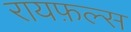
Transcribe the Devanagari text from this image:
रायफ़ल्स